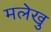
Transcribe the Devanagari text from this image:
मलेखु